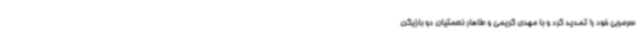
سرمربی خود را تمدید کرد و با مهدی کریمی و طاهار نعمتیان دو بازیکن